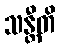
သန္တီတိ